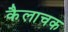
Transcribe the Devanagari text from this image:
कैलाचक